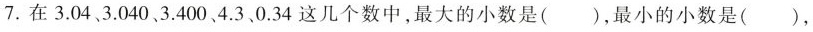
7.在3.043\040\3.400\4.3\0.34这几个数中，最大的小数是()，最小的小数是()，